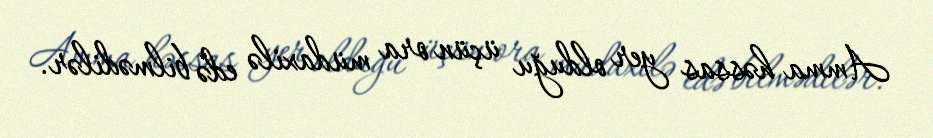
Amma həssas yer olduğu üçün ora müdaxilə edə bilmədilər.